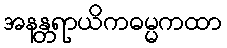
အနန္တရာယိကဓမ္မကထာ